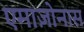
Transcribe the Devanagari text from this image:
एमाज़ोनास